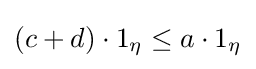
{\textstyle (c+d)\cdot 1_{\eta }\leq a\cdot 1_{\eta }}